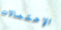
الإحتمالات